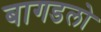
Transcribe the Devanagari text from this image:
बागडलो